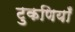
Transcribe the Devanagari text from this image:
टुकणियाँ